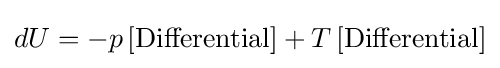
dU=-p\,[{\text{Differential}}]+T\,[{\text{Differential}}]